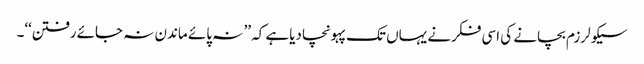
سیکولرزم بچانے کی اسی فکرنے یہاں تک پہونچادیاہے کہ ’’ نہ پائے ماندن نہ جائے رفتن‘‘۔